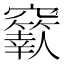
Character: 𥩁